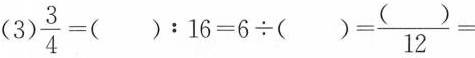
(3)$$ \frac{3}{4}=():16=6 \div ( )=\frac{( )}{12}= $$